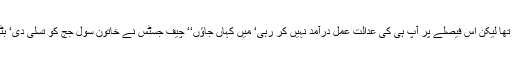
اللہ تعالیٰ نے آپ کو اس عظیم منصب پر بٹھایا‘ آپ کی عدالت نے میرے حق میں فیصلہ دیا تھا لیکن اس فیصلے پر آپ ہی کی عدالت عمل درآمد نہیں کر رہی‘ میں کہاں جاؤں‘‘ چیف جسٹس نے خاتون سول جج کو تسلی دی‘ بٹھایا اور چیمبر میں ملاقات کا وعدہ کیا لیکن کیا خاتون سول جج کو اب انصاف مل گیا ہو گا؟